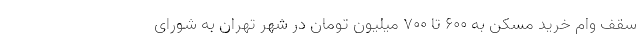
سقف وام خرید مسکن به 600 تا 700 میلیون تومان در شهر تهران به شورای